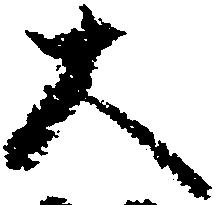
大